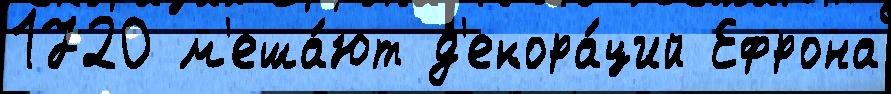
1720 м'еша́ют д'екора́ций Ефрона